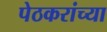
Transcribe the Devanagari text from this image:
पेठकरांच्या